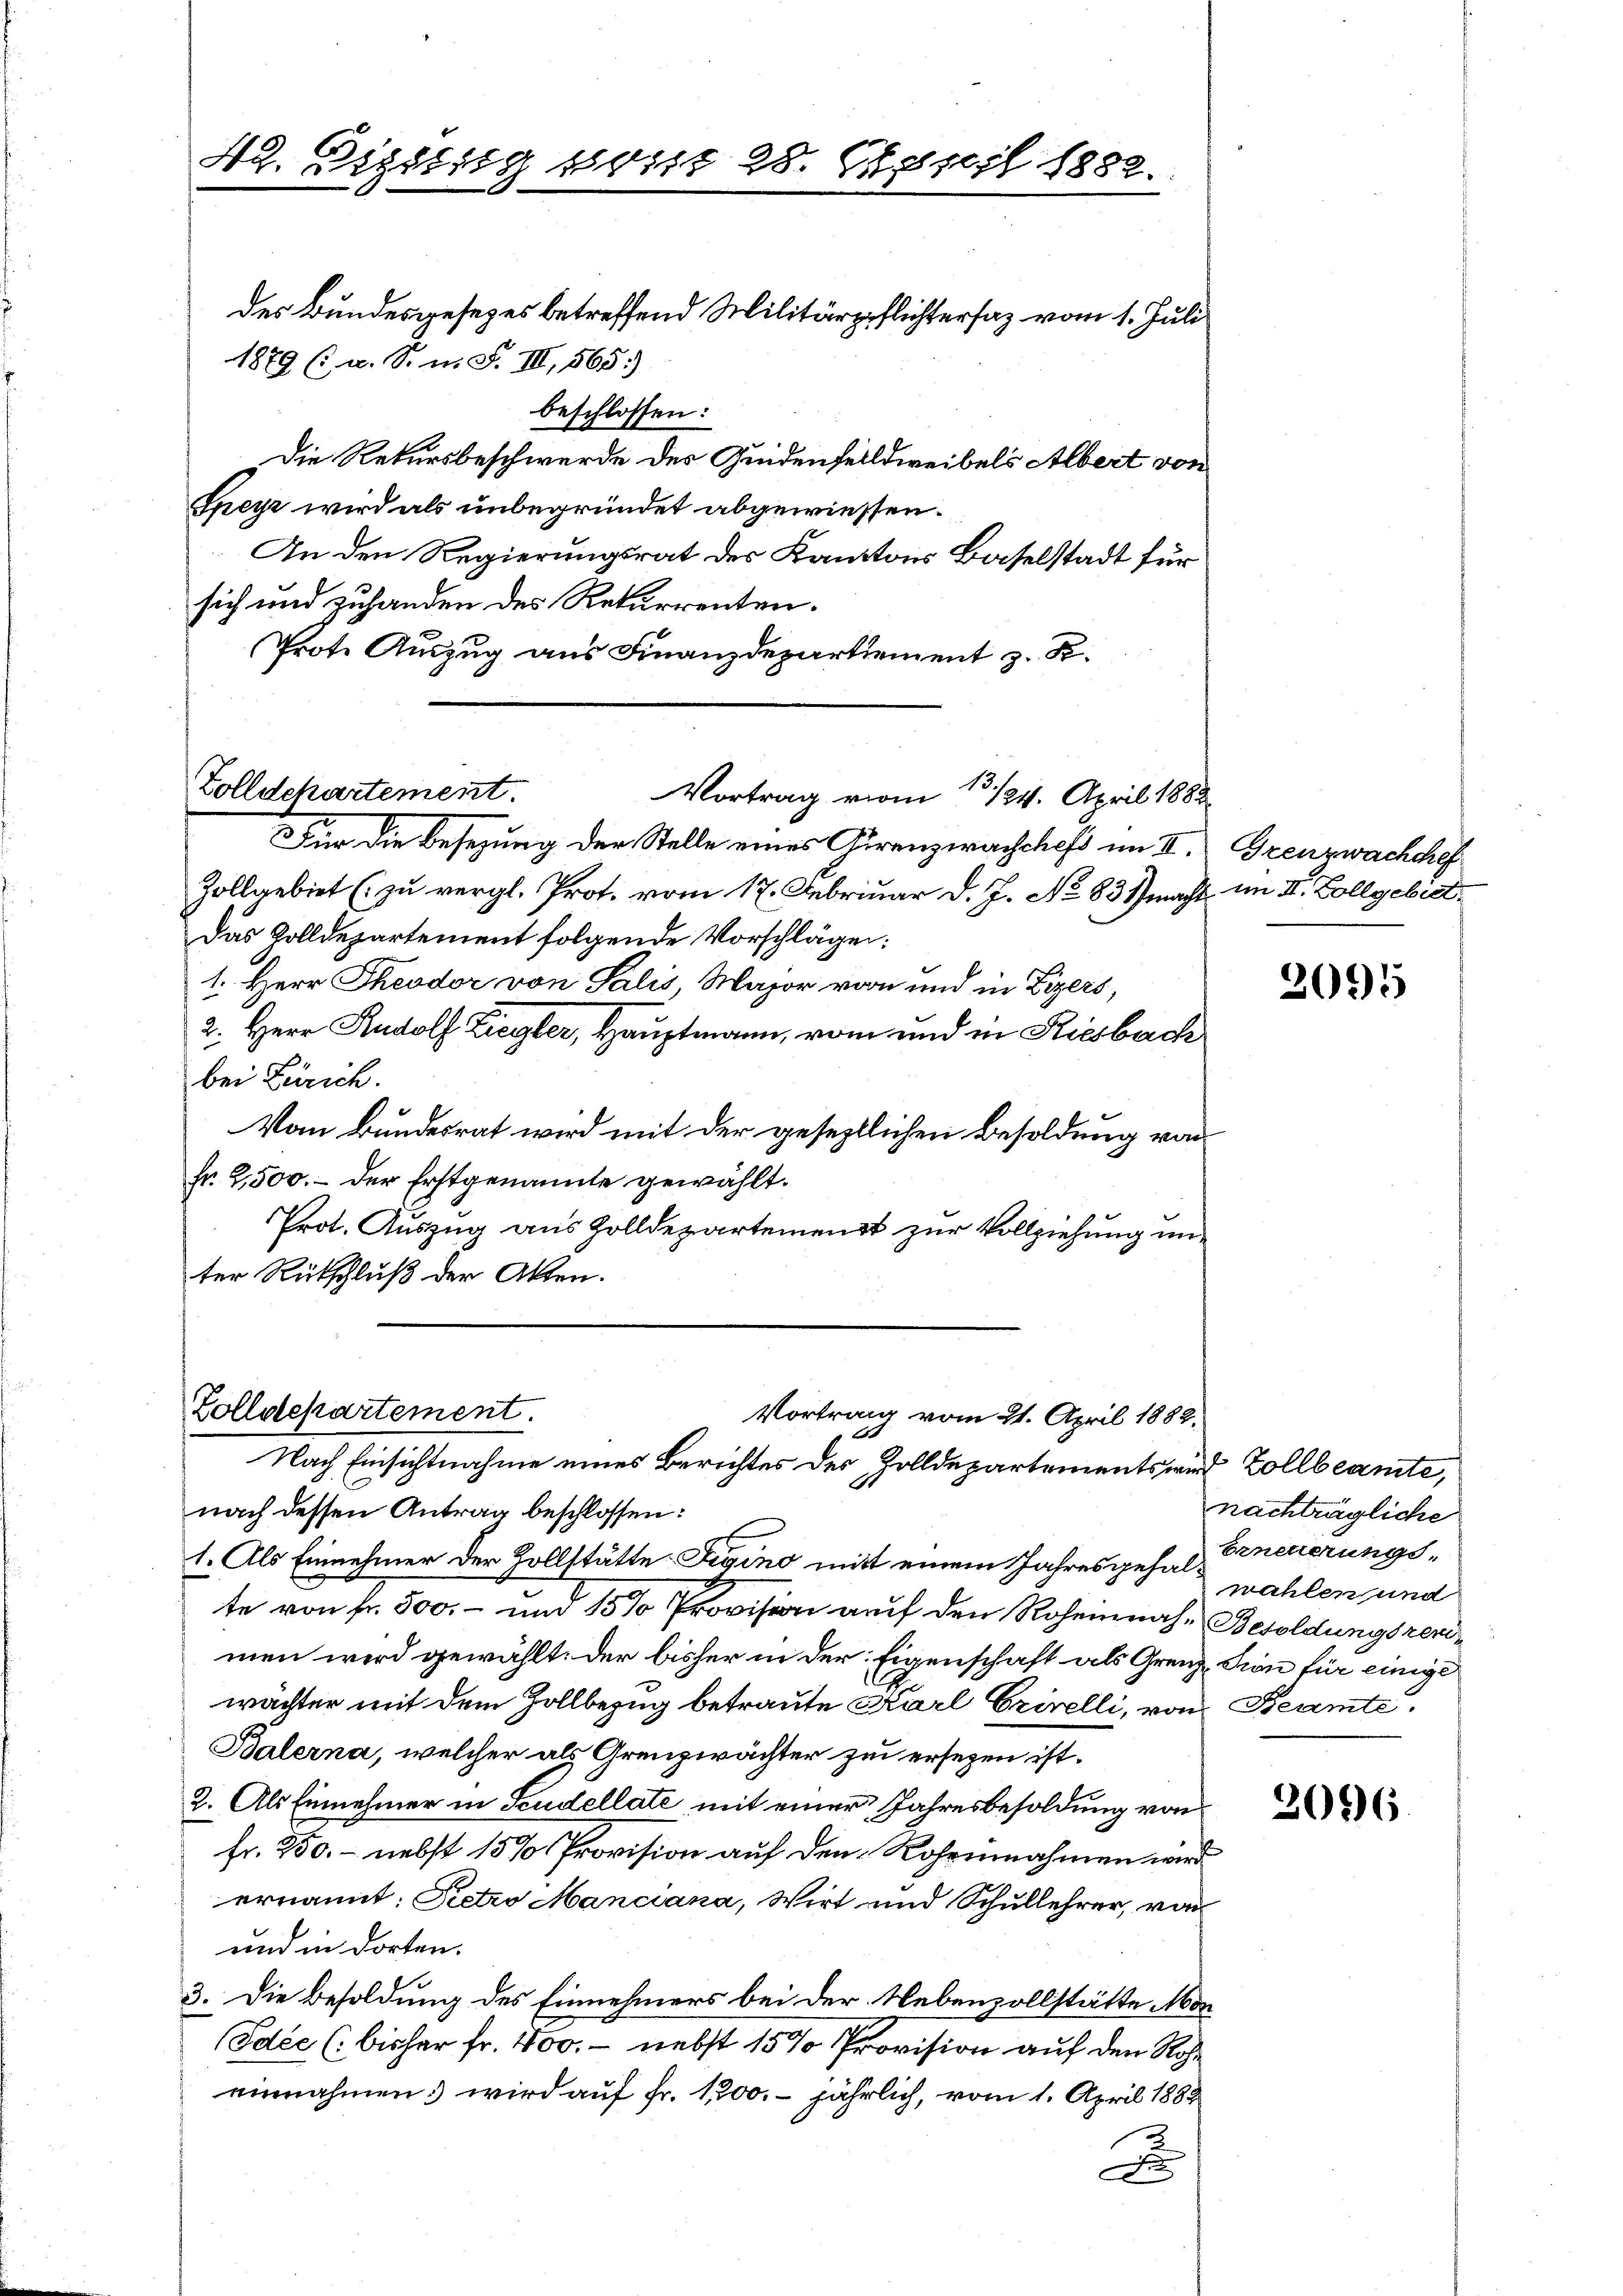
42. Dietig sonst 28. April 1882.

1879 (s. u. S. n. F. III, 565.
beschlossen:
Die Rekursbeschwerde des Quidenfeldweibels Albert von
Speyz wird als unbegründet abgewiessen.
An den Regierungsrat der Kantons Baselstadt für
sich und zuhanden des Rekurrenten.
Prote Auszug aus Finanzdepartiement z. K.
Für die Besezung der Stelle eines Girenzwachsches im II.
Zollgebiet (zu vergl. Prot. vom 17. Februar d. J. No 837 macht im II. Zollgebiet,
Das Zolldepartement folgende Vorschlägen:
1. Herr Theodor von Salis, Major vorn und in Lizers,
2. Herr Rudolf Ziegler, Hauptmann, vom und in Kiesbach
bei Zürich.
Vom Bundesrat wird mit der geseztlichen Besoldung von
fr. 2,500.- der Erstgenannte gewählt.
Prot. Auszug aus Zolldepartemenst zur Vollziehung unter Rückschluß der Akten.

des Bundesgesezes betreffend Militärpflichtersaz vom 1. Juli

13.
Zolldekartement.
Vortrag vom 1. 124. April 1882.

nach dessen Antrag beschlossen:
1. Als Einnehmer der Zollstätte Sigino mit einem Jahresgehalte von fr. 500.- und 15 % Provision auf den Roheinnahe Besoldungsrenmen wird gewählt. Der bisher in der Eigenschaft als Grenz Tion für einige
wächter mit dem Zollbezug betraute Karl Grivelli, von Beamte
Balerna, welcher als Grenzwächter zu ersezen ist.
2. Als Einnehmer in Scudellate mit einer Jahresbesoldung von
fr. 250. – nebst 15 % Provision auf den Rohrinnahmen wird
ernannt: Pietro Manciana, Wirt und Schullehrer, von
und in dorten.
3. Die Besoldung des Einnehmers bei der Nebenzollstätte Mor¬
Idéc (: bisher fr. 400. - nebst 15 % Provision auf den Roheinnahmen: wird auf Fr. 1200. jährlich, vom 1. April 1883
F

Zolldepartement.
Vortrag vom 21. April 1882.
Nach Einsichtnahme eines Berichtes des Zolldepartements wird Zollbeamte,

Grenzwachchef

2095

nachträgliche
Erneuerungswahlen und

2096